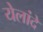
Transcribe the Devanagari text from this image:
येलांदे